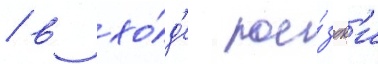
/ в хо́д'е пое́здк'и